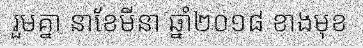
រួមគ្នា នាខែមីនា ឆ្នាំ២០១៨ ខាងមុខ